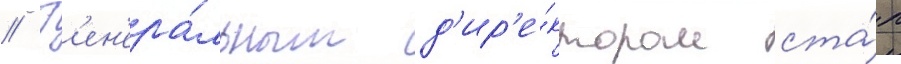
// Г'ен'ера́льным д'ир'е́ктором ста́л